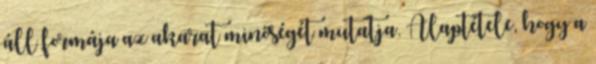
áll formája az akarat minőségét mutatja. Alaptétele, hogy a